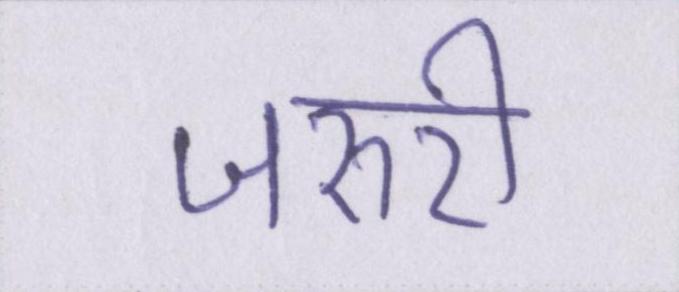
जरुरी